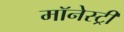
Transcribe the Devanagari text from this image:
मॉनेस्‍ट्री